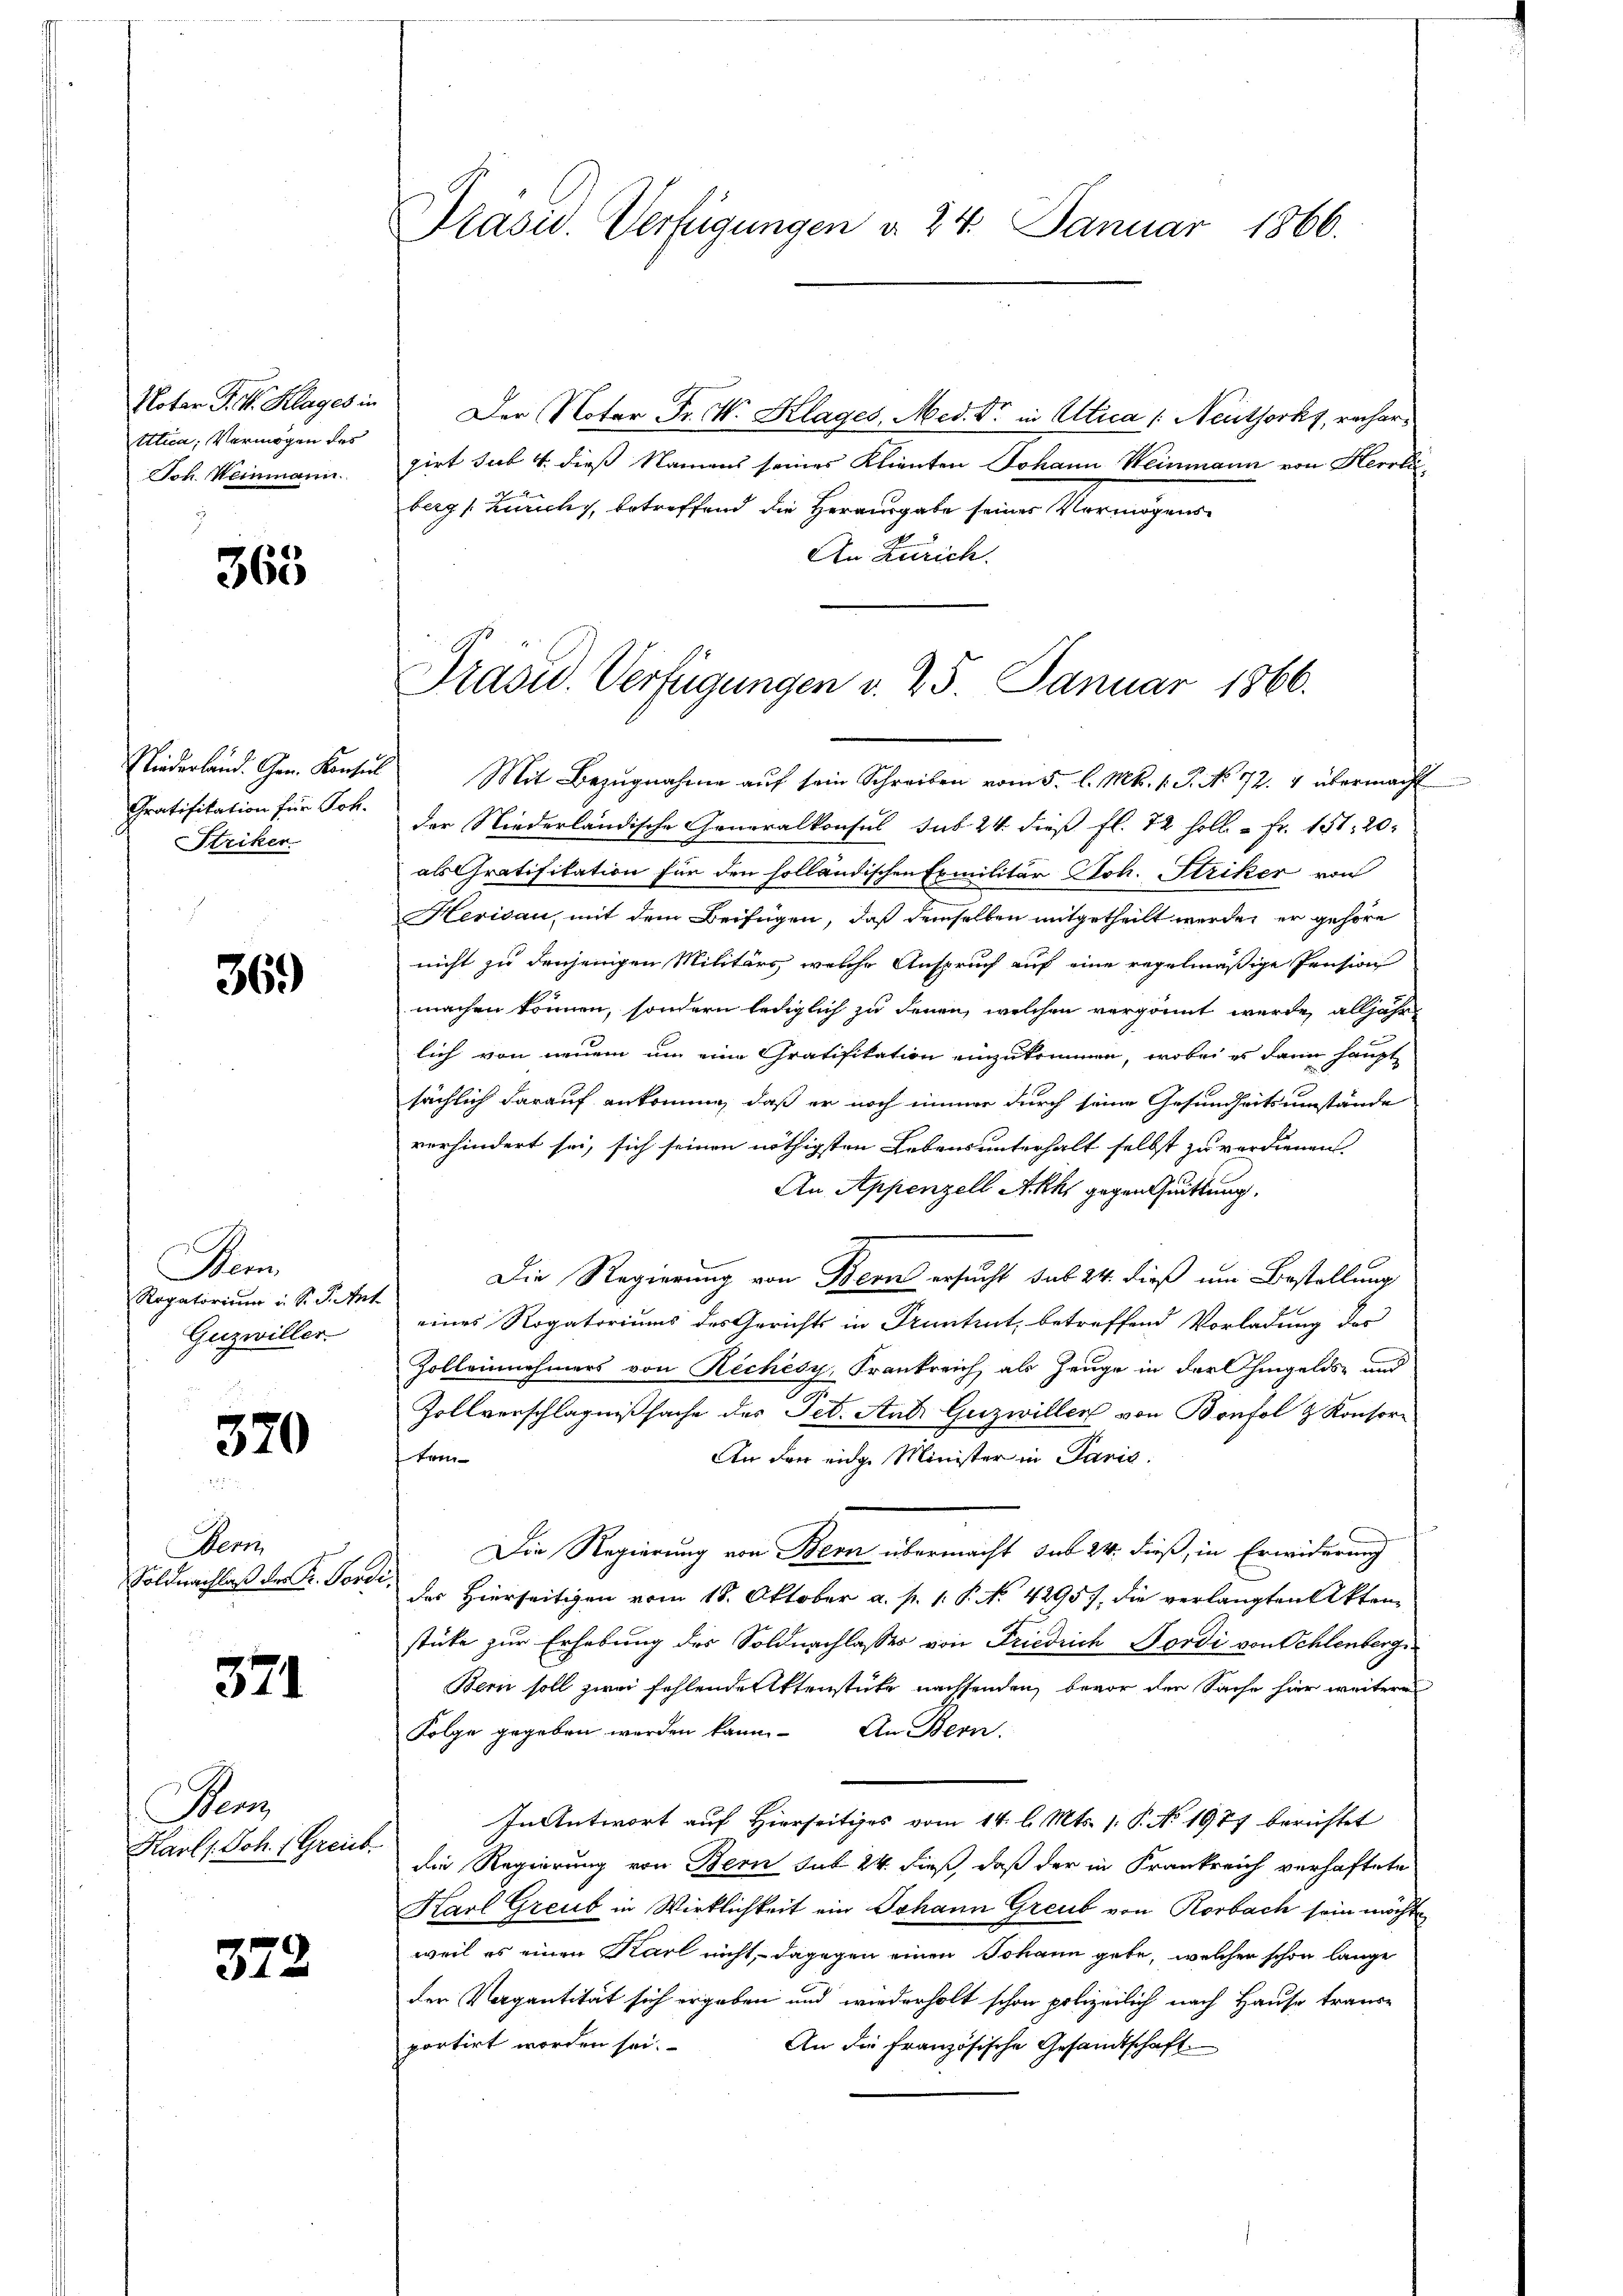
Notar J. V. Klages in
tttica, Vermögen des
Joh. Weinmann.

365

Niederland. Gen. Konsul
Gratifikation für Joh.
Striker

36.)

Dem
Rogatorium i. S. S. Ant.
Guzwiller

320

Sem
Soldnachlaß der Fr. Forde

371

Bem
Karl, Joh. (Greut.

372

Präsid.. Verfügungen d. 24. Januar 1866.

Der Notar Fr. 4. Klages, Med. Dr. in Utica /: Neuthorky, rechergirt sub 4. dieß Namens seines Klienten Johann Weinmann von Herrliberg s. Zürichs, betreffend die Herausgabe seiner Vermögens
An Zürich.

Präsid. Verfügungen v. 25. Januar 1866.

Mit Bezugnahme auf sein Schreiben vom 5. l. M. 1. P. No 72. 4 übermacht
der Niederländische Generalkonsul sub 24. dieß fl. 72 soll. - Fr. 151. 20.
als Gratifikation für den holländischen Exmilitär Joh. Striker von
Herisau, mit dem Beifügen, daß demselben mitgetheilt werden er gehöre
nicht zu denjenigen Militärs welche Anspruch auf eine regelmäßige Pension
machen können, sondern lediglich zu denen, welchen vergönnt werde, alljähr
lich von neuem um eine Gratifikation einzukommen, wobei es dann haupt
sächlich darauf ankomme, daß er noch immer durch seine Gesundheitsumstände
verhindert sei, sich seinen nöthigsten Lebensunterhalt selbst zu verdienen.
An Appenzell Akhs gegen Quittung.
Die Regierung von Bern ersucht sub 24. dieß um Bestellung
eines Rogatoriums des Gerichts in Pruntrut, betreffend Vorladung des
Zolleinehmers von Rechésy, Frankreich als Zeuge in der hingelds- und
g
Zollverschlagnißsache des Pet. Ant. Guzwillen von Bonfol & Konsor-
tem
An den eidge Minister in Paris.
Die Regierung von Bern übermacht sub 24. dieß, in Erwiderung
des Hierseitigen vom 18. Oktober a. p. 1: P. No. 42957, die verlangten Akten
stücke zur Erhebung des Soldnachlasses von Friedrich Nordi von Schlenberg
Bern soll zwei fehlende Aktenstücke nachsenden, bevor den Sache hier weiteres
Folge gegeben werden kann. An Bern.
In Antwort auf Hierseitiges vom 14. l. Mts. 1. P. No. 1977 berichtet
die Regierung von Bern sub 24. dieß, daß der in Krankreich verhaftete
Karl Greub in Wirklichkeit ein Johann Greub von Rorbach sein möchte
weil es einen Karl nicht, dagegen einen Johann gebe, welcher schon lange
der Vagantität sich ergeben und wiederholt schon polizeilich nach Hause traus-
portirt worden sei.
An die Französische Gesandtschaft